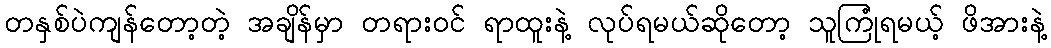
တနှစ်ပဲကျန်တော့တဲ့ အချိန်မှာ တရားဝင် ရာထူးနဲ့ လုပ်ရမယ်ဆိုတော့ သူကြုံရမယ့် ဖိအားနဲ့